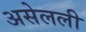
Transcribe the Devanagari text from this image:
असेलली